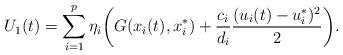
LaTeX: \begin{align*}U_1(t)=\sum_{i=1}^p \eta_i \biggl(G(x_i(t),x_i^*)+\frac{c_i}{d_i}\frac{(u_i(t)-u_i^*)^2}{2}\biggr).\end{align*}